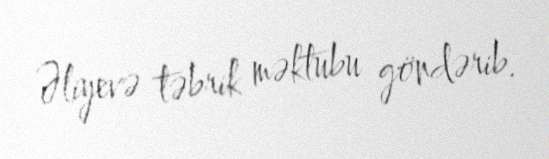
Əliyevə təbrik məktubu göndərib.